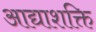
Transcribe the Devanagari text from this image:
आद्याशक्ति